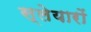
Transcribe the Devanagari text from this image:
स्लेयारों